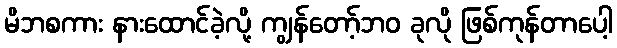
မိဘစကား နားထောင်ခဲ့လို့ ကျွန်တော့်ဘဝ ခုလို ဖြစ်ကုန်တာပေါ့